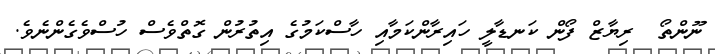
ނޫންތޯ  ރިޔާޒް ފޯން ކަނޑާލީ ހައިރާންކަމާއި ހާސްކަމުގެ އިތުރުން ގޮތްވެސް ހުސްވެގެންނެވެ.